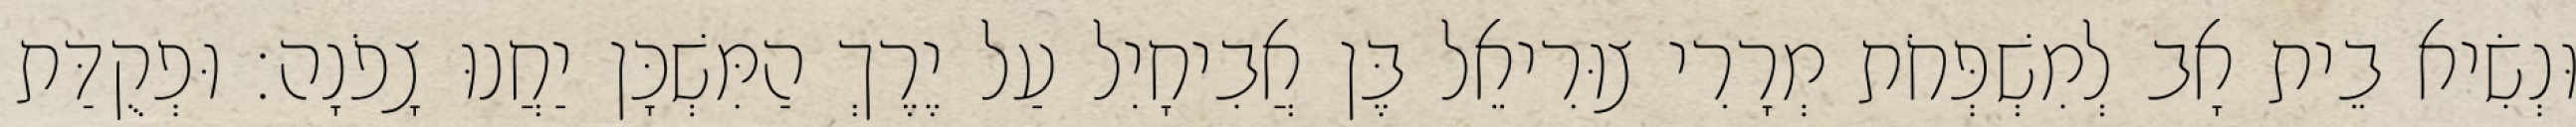
וּנְשִׂיא בֵית אָב לְמִשְׁפְּחֹת מְרָרִי צוּרִיאֵל בֶּן אֲבִיחָיִל עַל יֶרֶךְ הַמִּשְׁכָּן יַחֲנוּ צָפֹנָה׃ וּפְקֻדַּת